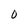
Character: O